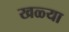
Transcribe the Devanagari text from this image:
खळ्या